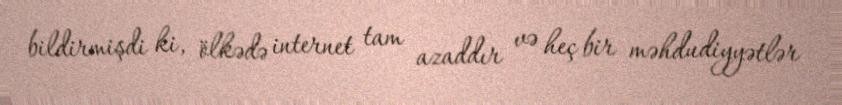
bildirmişdi ki, ölkədə internet tam azaddır və heç bir məhdudiyyətlər